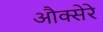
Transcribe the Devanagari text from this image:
औक्सेरे